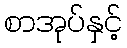
စာအုပ်နှင့်